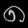
Digit: ၈